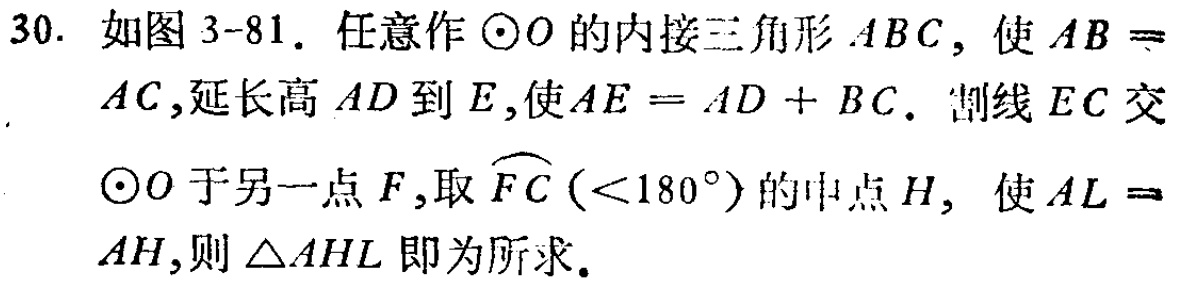
30. 如图3-81. 任意作\(\odot O\)的内接三角形\(ABC\)，使\(AB = AC\)，延长高\(AD\)到\(E\)，使\(AE = AD + BC\). 割线\(EC\)交\(\odot O\)于另一点\(F\)，取\(\overset{\frown}{FC}(< 180^{\circ})\)的中点\(H\)， 使\(AL = AH\)，则\(\triangle AHL\)即为所求.